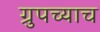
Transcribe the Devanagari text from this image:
ग्रुपच्याच